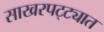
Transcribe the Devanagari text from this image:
साखरपट्ट्यात